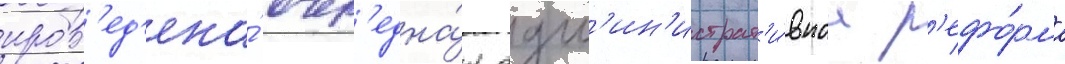
пров'ед'ена́ очер'една́я адм'ин'истрат'и́внаа р'ефо́рма